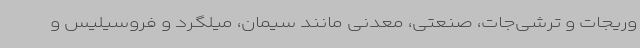
وریجات و ترشی‌جات، صنعتی، معدنی مانند سیمان، میلگرد و فروسیلیس و